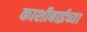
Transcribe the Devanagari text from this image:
काशीबाईच्या